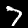
Digit: 7